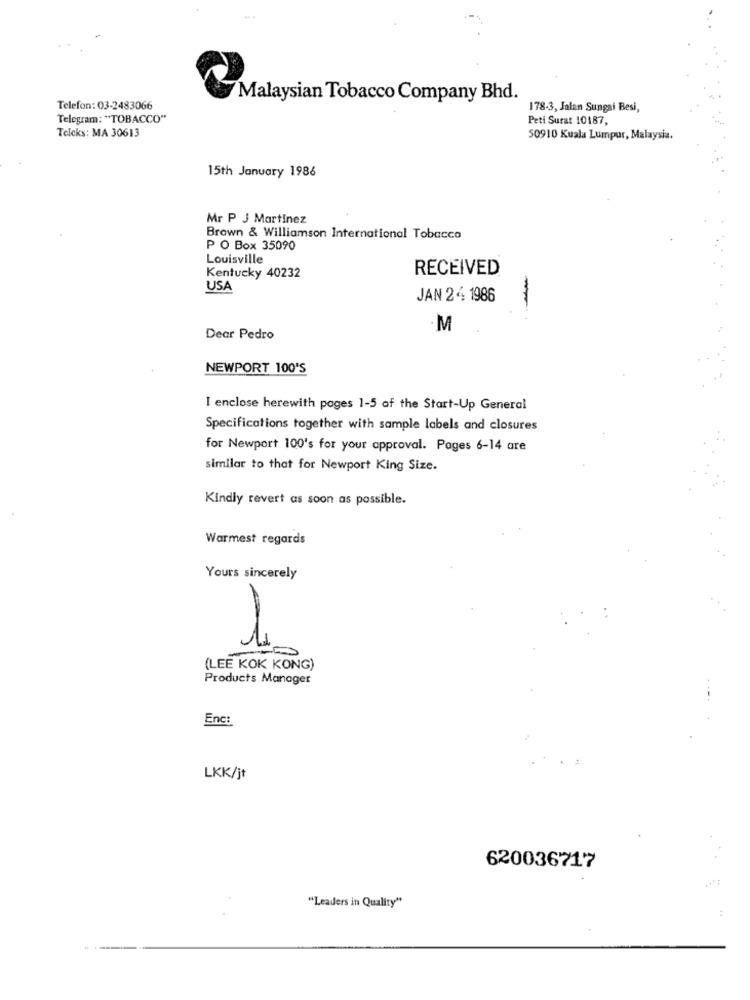
Malaysian Tobacco Company Bhd.
Telefon: 03-2483066
178-3, Jalan Sungai Besi,
Telegram: "TOBACCO"
Peti Surat 10187,
Telcks: MA 30613
50910 Kuala Lumpur, Malaysia.
15th January 1986
Mr P J Martinez
Brown & Williamson International Tobacco
P O Box 35090
Louisville
RECEIVED
Kentucky 40232
USA
JAN 24 1986
-
M
Dear Pedro
NEWPORT 100'S
I enclose herewith pages 1-5 of the Start-Up General
Specifications together with sample labels and closures
for Newport 100's for your approval. Pages 6-14 are
similar to that for Newport King Size.
Kindly revert as soon as possible.
Warmest regards
Yours sincerely
-31
(LEE KOK KONG)
Products Manager
Enc:
LKK/jt
620036717
"Leaders in Quality"